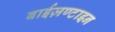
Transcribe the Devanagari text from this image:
बाईज़ण्टाइन